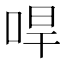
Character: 哻